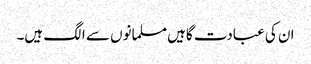
ان کی عبادت گاہیں مسلمانوں سے الگ ہیں۔